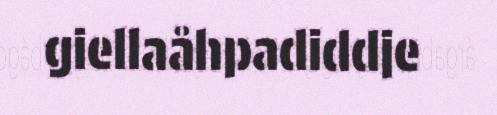
giellaåhpadiddje